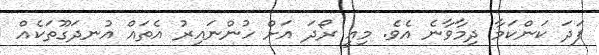
ފަދަ ކަންކަމާ ދިމާވާނެ އެވެ. މިއީ ރޯދަ އަށް ހުންނައިރު އެތައް އުނދަގޫތަކެއް